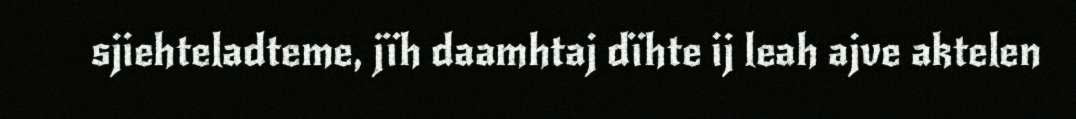
sjiehteladteme, jïh daamhtaj dïhte ij leah ajve aktelen